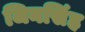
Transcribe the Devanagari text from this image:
जिनसिंह